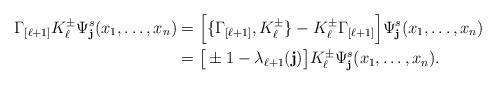
LaTeX: \begin{align*}\Gamma_{[\ell+1]} K_{\ell}^{\pm}\Psi_{\mathbf{j}}^{s}(x_1,\ldots, x_{n})&=\Big[\{\Gamma_{[\ell+1]}, K_{\ell}^{\pm}\}-K_{\ell}^{\pm}\Gamma_{[\ell+1]}\Big]\Psi_{\mathbf{j}}^{s}(x_1,\ldots, x_{n})\\&=\big[\pm 1-\lambda_{\ell+1}(\mathbf{j})\big] K_{\ell}^{\pm}\Psi_{\mathbf{j}}^{s}(x_1,\ldots, x_{n}).\end{align*}